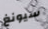
سيونغ